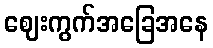
ဈေးကွက်အခြေအနေ